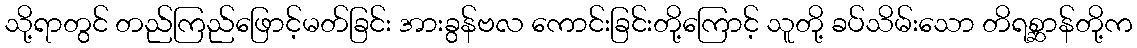
သို့ရာတွင် တည်ကြည်ဖြောင့်မတ်ခြင်း အားခွန်ဗလ ကောင်းခြင်းတို့ကြောင့် သူတို့ ခပ်သိမ်းသော တိရစ္ဆာန်တို့က